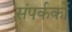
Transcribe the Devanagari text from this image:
संपर्ककों